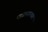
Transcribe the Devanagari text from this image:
पात्रासारख्या